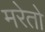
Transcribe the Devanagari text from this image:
मरेतो